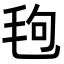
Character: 𪵙